Regulations for the medical services of the Army of India
Year: 1930
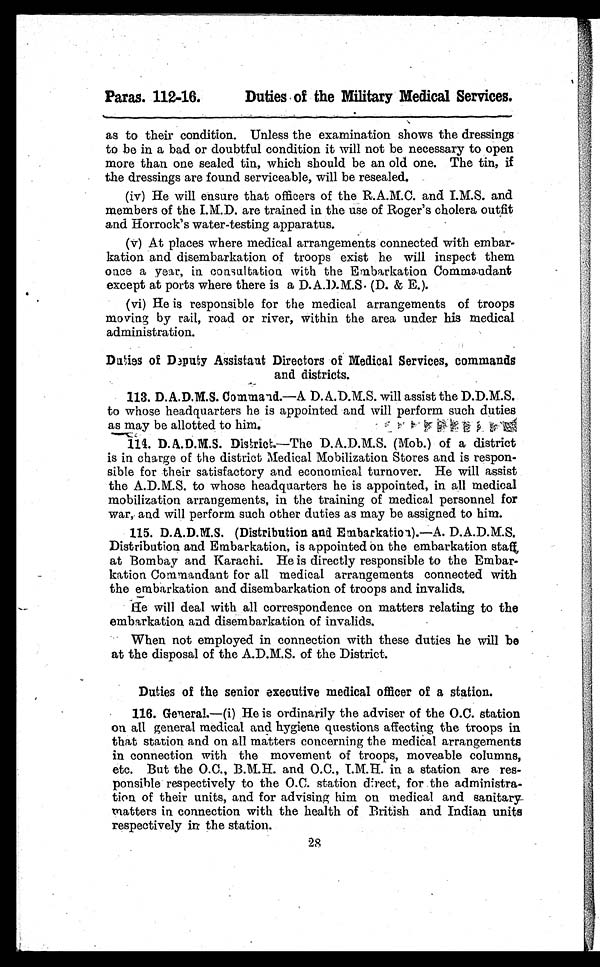
Paras. 112-16.
Duties of the Military Medical Services.
as to their condition. Unless the examination shows the dressings
to be in a bad or doubtful condition it will not be necessary to open
more than one sealed tin, which should be an old one. The tin, if
the dressings are found serviceable, will be resealed.
(iv) He will ensure that officers of the R.A.M.C. and I.M.S. and
members of the I.M.D. are trained in the use of Roger's cholera outfit
and Horrock's water-testing apparatus.
(v) At places where medical arrangements connected with embar-
kation and disembarkation of troops exist he will inspect them
once a year, in consultation with the Embarkation Commandant
except at ports where there is a D.A.D.M.S. (D. & E.).
(vi) He is responsible for the medical arrangements of troops
moving by rail, road or river, within the area under his medical
administration.
Duties of Deputy Assistant Directors of Medical Services, commands
and districts.
113. D.A.D.M.S. Command.—A D.A.D.M.S. will assist the D.D.M.S.
to whose headquarters he is appointed and will perform such duties
as may be allotted to him.
114. D.A.D.M.S. District.—The D.A.D.M.S. (Mob.) of a district
is in charge of the district Medical Mobilization Stores and is respon-
sible for their satisfactory and economical turnover. He will assist
the A.D.M.S. to whose headquarters he is appointed, in all medical
mobilization arrangements, in the training of medical personnel for
war, and will perform such other duties as may be assigned to him.
115.
D.A.D.M.S. (Distribution and Embarkation).—A.D.A.D.M.S.
Distribution and Embarkation, is appointed on the embarkation staff
at Bombay and Karachi. He is directly responsible to the Embar-
kation Commandant for all medical arrangements connected with
the embarkation and disembarkation of troops and invalids.
He will deal with all correspondence on matters relating to the
embarkation and disembarkation of invalids.
When not employed in connection with these duties he will be
at the disposal of the A.D.M.S. of the District.
Duties of the senior executive medical officer of a station.
116. General.—(i) He is ordinarily the adviser of the O.C. station
on all general medical and hygiene questions affecting the troops in
that station and on all matters concerning the medical arrangements
in connection with the movement of troops, moveable columns,
etc. But the O.C., B.M.H. and O.C., I.M.H. in a station are res-
ponsible respectively to the O.C. station direct, for the administra-
tion of their units, and for advising him on medical and sanitary
matters in connection with the health of British and Indian units
respectively in the station.
28